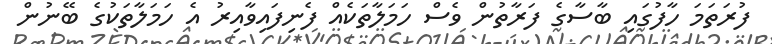
ފުރަތަމަ ހާފުގައި ބާސާގެ ފަރާތުން ވެސް ހަމަލާތަކެއް ފެނިފައިވާއިރު އެ ހަމަލާތަކުގެ ބޭނުން